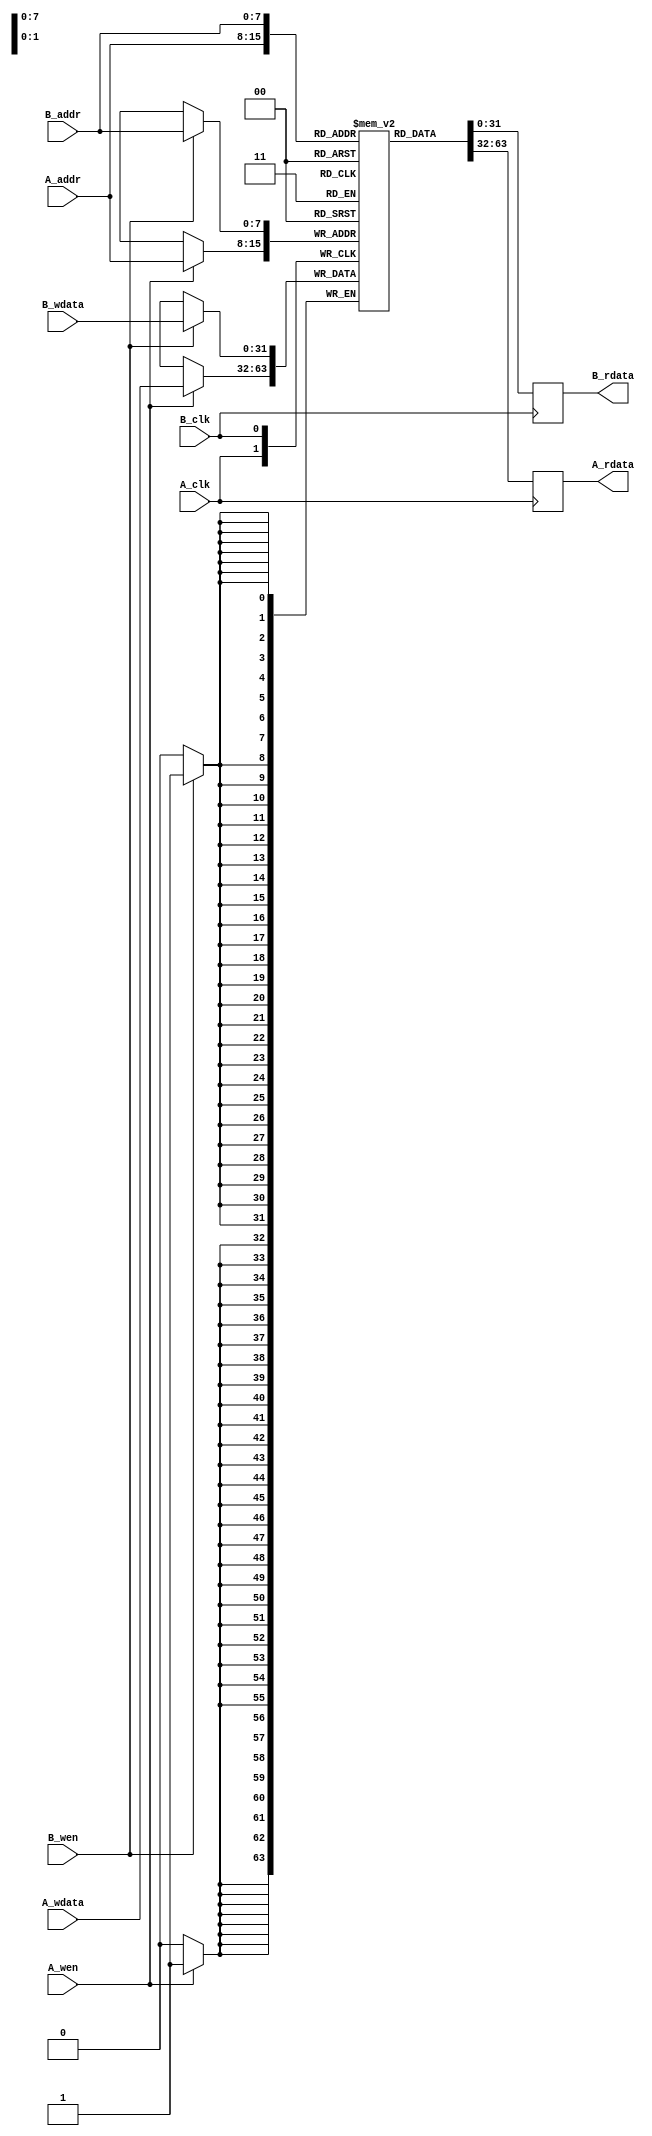
module dual_port_scratchpad_memory #(
    parameter ADDR_WIDTH = 8,   // Number of address bits
    parameter DATA_WIDTH = 32,   // Width of data
    parameter MEM_SIZE = 256     // Number of memory entries
)(
    // Port A
    input wire [ADDR_WIDTH-1:0] A_addr,
    input wire [DATA_WIDTH-1:0] A_wdata,
    input wire A_wen,
    input wire A_clk,
    output reg [DATA_WIDTH-1:0] A_rdata,

    // Port B
    input wire [ADDR_WIDTH-1:0] B_addr,
    input wire [DATA_WIDTH-1:0] B_wdata,
    input wire B_wen,
    input wire B_clk,
    output reg [DATA_WIDTH-1:0] B_rdata
);

    // Memory storage
    reg [DATA_WIDTH-1:0] memory [0:MEM_SIZE-1];

    // Port A Operations
    always @(posedge A_clk) begin
        // Read operation for Port A
        A_rdata <= memory[A_addr];
        
        // Write operation for Port A
        if (A_wen) begin
            memory[A_addr] <= A_wdata;
        end
    end

    // Port B Operations
    always @(posedge B_clk) begin
        // Read operation for Port B
        B_rdata <= memory[B_addr];
        
        // Write operation for Port B
        if (B_wen) begin
            memory[B_addr] <= B_wdata;
        end
    end

endmodule